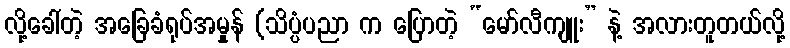
လို့ခေါ်တဲ့ အခြေခံရုပ်အမှုန် (သိပ္ပံပညာ က ပြောတဲ့ “မော်လီကျူး” နဲ့ အလားတူတယ်လို့